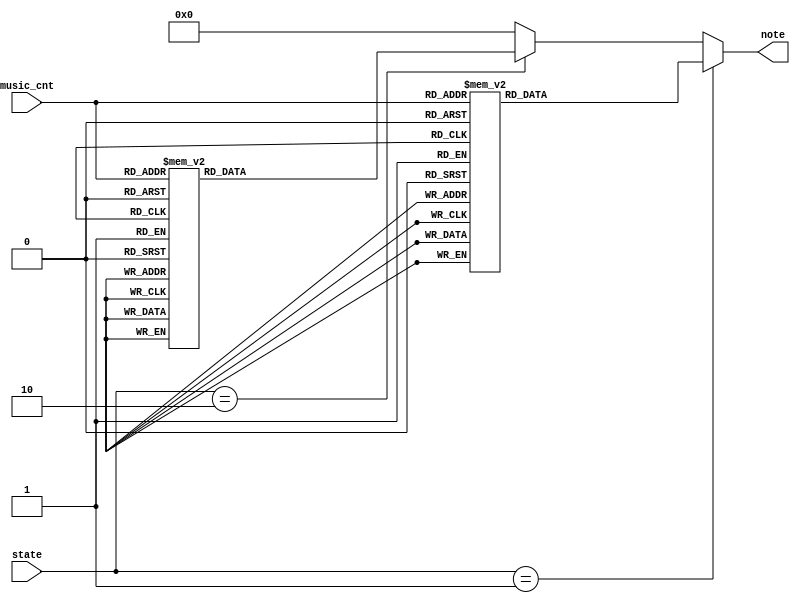
`timescale 1ns / 1ps
//////////////////////////////////////////////////////////////////////////////////
// Company: 
// Engineer: 
// 
// Design Name: 
// Module Name: MusicSheet
// Project Name: 
// Target Devices: 
// Tool Versions: 
// Description: 
// 
// Dependencies: 
// 
// Revision:
// Revision 0.01 - File Created
// Additional Comments:
// 
//////////////////////////////////////////////////////////////////////////////////


module MusicSheet(
    input wire [1:0] state,
    input wire [5:0] music_cnt,
    
    output reg [7:0]  note
    );
    
    parameter STOP = 2'b00 ,POSE = 2'b01 ,NEGA = 2'b10; 
    
always@(state,music_cnt)    
    begin
        if(state == POSE )
            case(music_cnt)
                0   :   note = 8'h23  ;
                1   :   note = 8'h23  ;
                2   :   note = 8'h21  ;
                3   :   note = 8'h21  ;
                4   :   note = 8'h22  ;
                5   :   note = 8'h22  ;
                6   :   note = 8'h16  ;
                7   :   note = 8'h16  ;
                
                8   :   note = 8'h23  ;
                9   :   note = 8'h22  ;
                10  :   note = 8'h21  ;
                11  :   note = 8'h22  ;
                12  :   note = 8'h16  ;
                13  :   note = 8'h16  ;
                14  :   note = 8'h16  ;
                15  :   note = 8'h16  ;
                
                16  :   note = 8'h23  ;
                17  :   note = 8'h23  ;
                18  :   note = 8'h21  ;
                19  :   note = 8'h21  ;
                20  :   note = 8'h22  ;
                21  :   note = 8'h22  ;
                22  :   note = 8'h22  ;
                23  :   note = 8'h22  ;
                
                24  :   note = 8'h25  ;
                25  :   note = 8'h23  ;
                26  :   note = 8'h17  ;
                27  :   note = 8'h17  ;
                28  :   note = 8'h21  ;
                29  :   note = 8'h21  ;
                30  :   note = 8'h21  ;
                31  :   note = 8'h17  ;
                
                32  :   note = 8'h16  ;
                33  :   note = 8'h16  ;
                34  :   note = 8'h17  ;
                35  :   note = 8'h21  ;
                36  :   note = 8'h22  ;
                37  :   note = 8'h22  ;
                38  :   note = 8'h15  ;
                39  :   note = 8'h15  ;
               
                40  :   note = 8'h26  ;
                41  :   note = 8'h25  ;
                42  :   note = 8'h23  ;
                43  :   note = 8'h23  ;
                44  :   note = 8'h23  ;
                45  :   note = 8'h23  ;
                46  :   note = 8'h23  ;
                47  :   note = 8'h22  ;
               
                48  :   note = 8'h21  ;
                49  :   note = 8'h21  ;
                50  :   note = 8'h22  ;
                51  :   note = 8'h23  ;
                52  :   note = 8'h22  ;
                53  :   note = 8'h23  ;
                54  :   note = 8'h22  ;
                55  :   note = 8'h23  ;
               
                56  :   note = 8'h25  ;
                57  :   note = 8'h00  ;
                58  :   note = 8'h25  ;
                59  :   note = 8'h00  ;
                60  :   note = 8'h25  ;
                61  :   note = 8'h00  ;
                62  :   note = 8'h25  ;
                63  :   note = 8'h25  ;
              
                default:
                    note = 8'h00;
            endcase
        else if(state == NEGA )
            case(music_cnt)
			   0   :   note = 8'h23  ;
			   1   :   note = 8'h23  ;
			   2   :   note = 8'h23  ;
			   3   :   note = 8'h25  ;
			   4   :   note = 8'h26  ;
			   5   :   note = 8'h31  ;
			   6   :   note = 8'h31  ;
			   7   :   note = 8'h26  ;
			   
			   8   :   note = 8'h25  ;
			   9   :   note = 8'h25  ;
			   10  :   note = 8'h25  ;
			   11  :   note = 8'h26  ;
			   12  :   note = 8'h25  ;
			   13  :   note = 8'h25  ;
			   14  :   note = 8'h25  ;
			   15  :   note = 8'h25  ;
			   
			   16  :   note = 8'h23  ;
			   17  :   note = 8'h22  ;
			   18  :   note = 8'h23  ;
			   19  :   note = 8'h25  ;
			   20  :   note = 8'h26  ;
			   21  :   note = 8'h31  ;
			   22  :   note = 8'h31  ;
			   23  :   note = 8'h26  ;
			   
			   24  :   note = 8'h25  ;
			   25  :   note = 8'h25  ;
			   26  :   note = 8'h25  ;
			   27  :   note = 8'h26  ;
			   28  :   note = 8'h25  ;
			   29  :   note = 8'h25  ;
			   30  :   note = 8'h25  ;
			   31  :   note = 8'h25  ;
			   
			   32  :   note = 8'h25  ;
			   33  :   note = 8'h25  ;
			   34  :   note = 8'h25  ;
			   35  :   note = 8'h25  ;
			   36  :   note = 8'h25  ;
			   37  :   note = 8'h25  ;
			   38  :   note = 8'h23  ;
			   39  :   note = 8'h25  ;
			  
			   40  :   note = 8'h26  ;
			   41  :   note = 8'h26  ;
			   42  :   note = 8'h26  ;
			   43  :   note = 8'h26  ;
			   44  :   note = 8'h25  ;
			   45  :   note = 8'h25  ;
			   46  :   note = 8'h25  ;
			   47  :   note = 8'h25  ;
			  
			   48  :   note = 8'h23  ;
			   49  :   note = 8'h23  ;
			   50  :   note = 8'h22  ;
			   51  :   note = 8'h23  ;
			   52  :   note = 8'h25  ;
			   53  :   note = 8'h25  ;
			   54  :   note = 8'h23  ;
			   55  :   note = 8'h22  ;
			  
			   56  :   note = 8'h21  ;
			   57  :   note = 8'h21  ;
			   58  :   note = 8'h21  ;
			   59  :   note = 8'h22  ;
			   60  :   note = 8'h21  ;
			   61  :   note = 8'h21  ;
			   62  :   note = 8'h21  ;
			   63  :   note = 8'h21  ;
			   default:
				   note = 8'h00;                     
            endcase  
        else
            note = 8'b0;       
    end
endmodule